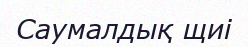
Саумалдық щиі